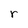
Character: r